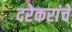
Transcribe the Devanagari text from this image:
दरेकरांचे